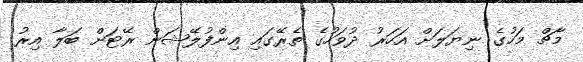
މާޗް މަހުގެ ނިޔަލަށް އަހަރު ދުވަހުގެ ތެރޭގައި އިންފުލޭޝަން ރޭޓަށް ބަލާ އިރު